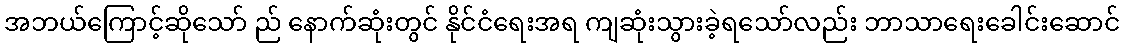
အဘယ်ကြောင့်ဆိုသော် ည် နောက်ဆုံးတွင် နိုင်ငံရေးအရ ကျဆုံးသွားခဲ့ရသော်လည်း ဘာသာရေးခေါင်းဆောင်